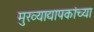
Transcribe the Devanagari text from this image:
मुख्‍याद्यापकांच्‍या